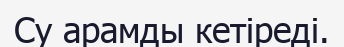
Су арамды кетіреді.